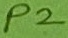
Text: P2